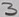
Text: 3